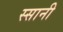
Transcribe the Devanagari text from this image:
स्सानी